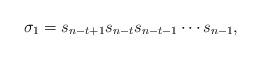
LaTeX: \begin{align*}\sigma_1 = s_{n-t+1} s_{n-t} s_{n-t-1}\cdots s_{n-1},\end{align*}